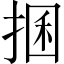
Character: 𢮖